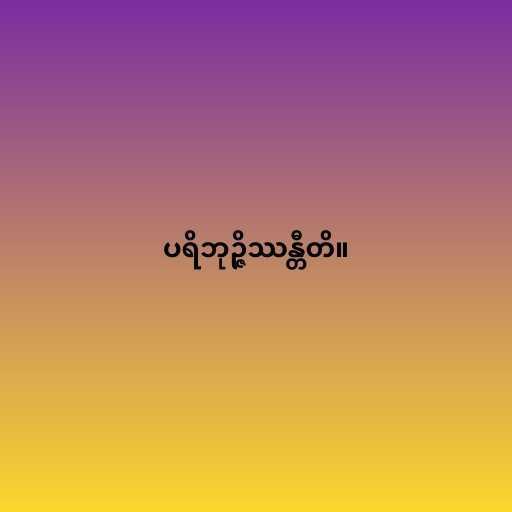
ပရိဘုဉ္ဇိဿန္တီတိ။